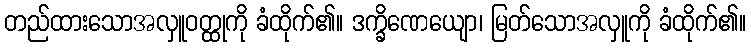
တည်ထားသောအလှူဝတ္ထုကို ခံထိုက်၏။ ဒက္ခိဏေယျော၊ မြတ်သောအလှူကို ခံထိုက်၏။